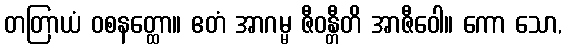
တတြာယံ ဝစနတ္ထော။ ဧတံ အာဂမ္မ ဇီဝန္တီတိ အာဇီဝေါ။ ကော သော,